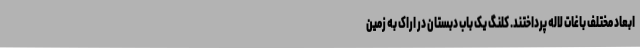
ابعاد مختلف باغات لاله پرداختند. کلنگ یک باب دبستان در اراک به زمین